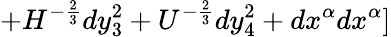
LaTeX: +H^{-{\frac{2}{3}}}dy_{3}^{2}+U^{-{\frac{2}{3}}}dy_{4}^{2}+dx^{\alpha}dx^{\alpha}]